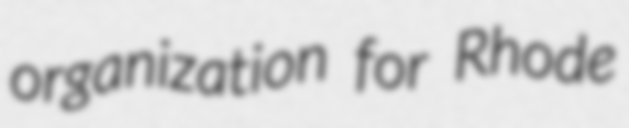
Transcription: organization for Rhode